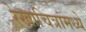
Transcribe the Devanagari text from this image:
रेखाचित्रांमध्ये